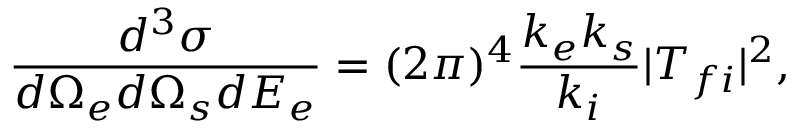
\frac { d ^ { 3 } \sigma } { d \Omega _ { e } d \Omega _ { s } d E _ { e } } = ( 2 \pi ) ^ { 4 } \frac { k _ { e } k _ { s } } { k _ { i } } | T _ { f i } | ^ { 2 } ,